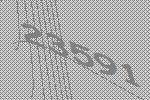
23591